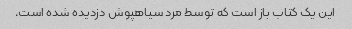
این یک کتاب باز است که توسط مرد سیاهپوش دزدیده شده است.